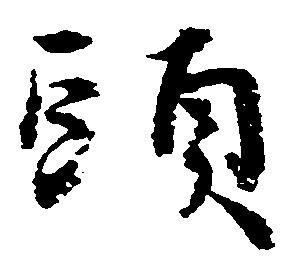
頭